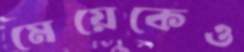
মেয়েকেও